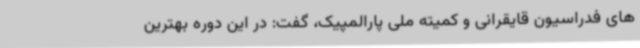
های فدراسیون قایقرانی و کمیته ملی پارالمپیک، گفت: در این دوره بهترین